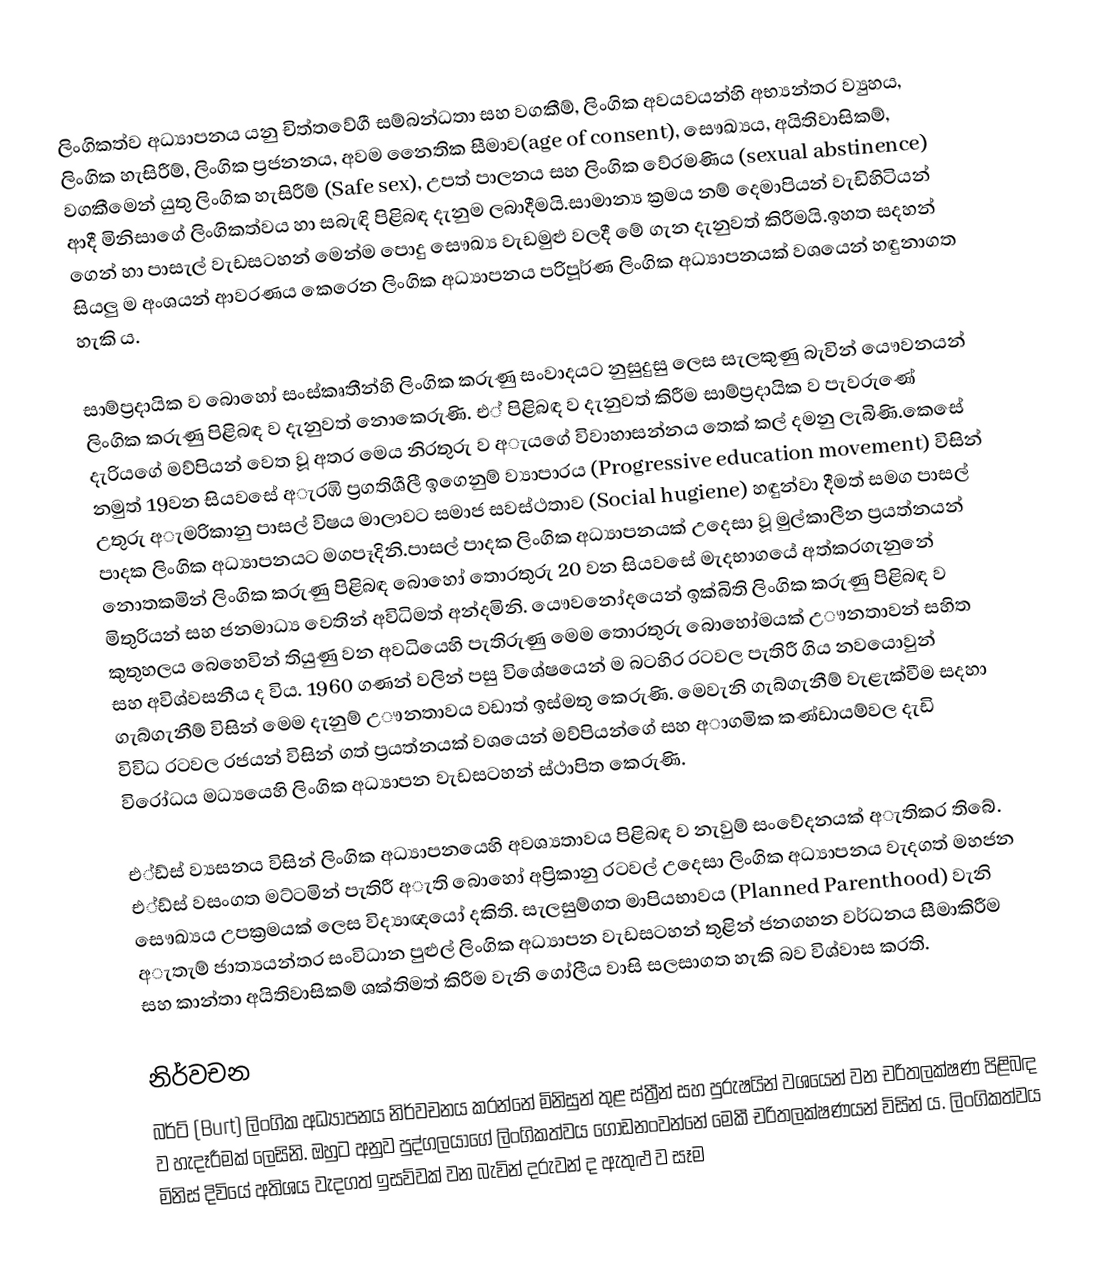
ලිංගිකත්ව අධ්‍යාපනය යනු චිත්තවේගී සම්බන්ධතා සහ වගකීම්, ලිංගික අවයවයන්හි අභ්‍යන්තර ව්‍යුහය, ලිංගික හැසිරීම්, ලිංගික ප්‍රජනනය,  අවම නෛතික සීමාව(age of consent), සෞඛ්‍යය, අයිතිවාසිකම්, වගකීමෙන් යුතු ලිංගික හැසිරීම් (Safe sex), උපත් පාලනය සහ ලිංගික වේරමණිය (sexual abstinence) ආදී මිනිසාගේ ලිංගිකත්වය හා සබැඳි පිළිබඳ දැනුම ලබාදීමයි.සාමාන්‍ය ක්‍රමය නම් දෙමාපියන් වැඩිහිටියන් ගෙන් හා පාසැල් වැඩසටහන් මෙන්ම පොදු සෞඛ්‍ය වැඩමුළු වලදී මේ ගැන දැනුවත්  කිරීමයි.ඉහත සදහන් සියලු ම අංශයන් ආවරණය කෙරෙන ලිංගික අධ්‍යාපනය පරිපූර්ණ ලිංගික අධ්‍යාපනයක් වශයෙන් හඳුනාගත හැකි ය.

සාම්ප්‍රදායික ව බොහෝ සංස්කෘතීන්හි ලිංගික කරුණු සංවාදයට නුසුදුසු ලෙස සැලකුණු බැවින් යෞවනයන් ලිංගික කරුණු පිළිබඳ ව දැනුවත් නොකෙරුණි. එ් පිළිබඳ ව දැනුවත් කිරීම සාම්ප්‍රදායික ව පැවරුණේ දැරියගේ මව්පියන් වෙත වූ අතර  මෙය නිරතුරු ව  අැයගේ විවාහාසන්නය තෙක් කල් දමනු ලැබිණි.කෙසේ නමුත් 19වන සියවසේ අැරඹි ප්‍රගතිශීලී ඉගෙනුම් ව්‍යාපාරය (Progressive education movement) විසින් උතුරු අැමරිකානු පාසල් විෂය මාලාවට සමාජ සවස්ථතාව (Social hugiene) හඳුන්වා දීමත් සමග පාසල් පාදක ලිංගික අධ්‍යාපනයට මගපෑදිනි.පාසල් පාදක ලිංගික අධ්‍යාපනයක් උදෙසා වූ මුල්කාලීන  ප්‍රයත්නයන් නොතකමින් ලිංගික කරුණු පිළිබඳ බො‍හෝ තොරතුරු  20 වන සියවසේ මැදභාගයේ අත්කරගැනුනේ මිතුරියන් සහ ජනමාධ්‍ය වෙතින් අවිධිමත් අන්දමිනි.  යෞවනෝදයෙන් ඉක්බිති ලිංගික කරුණු පිළිබඳ ව කුතුහලය බෙහෙවින් තියුණු වන අවධියෙහි පැතිරුණු මෙම තොරතුරු බොහෝමයක්  උෟනතාවන් සහිත සහ අවිශ්වසනීය ද විය. 1960 ගණන් වලින් පසු විශේෂයෙන් ම බටහිර රටවල පැතිරී ගිය නවයොවුන් ගැබ්ගැනීම් විසින් මෙම දැනුම් උෟනතාවය වඩාත් ඉස්මතු කෙරුණි. මෙවැනි ගැබ්ගැනීම් වැළැක්වීම සදහා විවිධ රටවල රජයන් විසින් ගත් ප්‍රයත්නයක් වශයෙන් මව්පියන්ගේ සහ අාගමික කණ්ඩායම්වල දැඩි විරෝධය මධ්‍යයෙහි ලිංගික අධ්‍යාපන වැඩසටහන් ස්ථාපිත කෙරුණි.

එ්ඩ්ස් ව්‍යසනය විසින් ලිංගික අධ්‍යාපනයෙහි අවශ්‍යතාවය පිළිබඳ ව නැවුම් සංවේදනයක් අැතිකර තිබේ. එ්ඩ්ස් වසංගත මට්ටමින් පැතිරී අැති බොහෝ  අප්‍රිකානු රටවල් උදෙසා ලිංගික අධ්‍යාපනය වැදගත් මහජන සෞඛ්‍යය උපක්‍රමයක් ලෙස විද්‍යාඥයෝ දකිති.  සැලසුම්ගත මාපියභාවය (Planned Parenthood) වැනි අැතැම් ජාත්‍යයන්තර සංවිධාන පුළුල් ලිංගික අධ්‍යාපන වැඩසටහන් තුළින් ජනගහන වර්ධනය සීමාකිරීම සහ කාන්තා අයිතිවාසිකම් ශක්තිමත් කිරීම වැනි ගෝලීය වාසි සලසාගත හැකි බව විශ්වාස කරති.

නිර්වචන
බර්ට් (Burt) ලිංගික අධ්‍යාපනය නිර්වචනය කරන්නේ මිනිසුන් තුළ ස්ත්‍රීන් සහ පුරුෂයින් වශයෙන් වන චරිතලක්ෂණ පිළිබඳ ව හැදෑරීමක් ලෙසිනි. ඔහුට අනුව පුද්ගලයාගේ ලිංගිකත්වය ගොඩනංවන්නේ මෙකී චරිතලක්ෂණයන් විසින් ය. ලිංගිකත්වය මිනිස් දිවියේ අතිශය වැදගත්  ඉසව්වක් වන බැවින් දරුවන් ද ඇතුළු ව සෑම